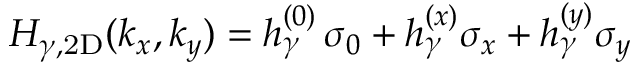
\begin{array} { r } { H _ { \gamma , \mathrm { 2 D } } ( k _ { x } , k _ { y } ) = h _ { \gamma } ^ { ( 0 ) } \, \sigma _ { 0 } + h _ { \gamma } ^ { ( x ) } \sigma _ { x } + h _ { \gamma } ^ { ( y ) } \sigma _ { y } } \end{array}